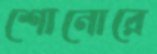
শোনোরে